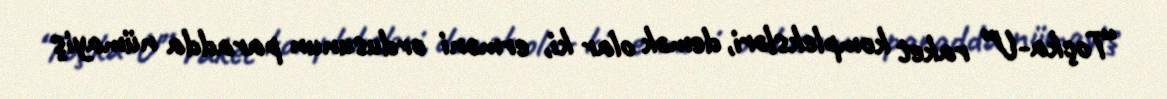
“Toçka-U” raket kompleksləri, demək olar ki, erməni ordusunun paradda nümayiş